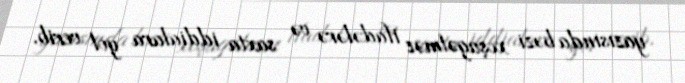
yazısında bəzi xoşagəlməz ifadələrə və saxta iddialara yol verib.